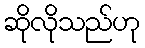
ဆိုလိုသည်ဟု